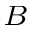
_ B